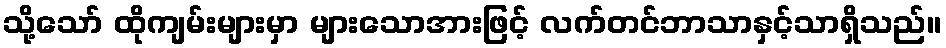
သို့သော် ထိုကျမ်းများမှာ များသောအားဖြင့် လက်တင်ဘာသာနှင့်သာရှိသည်။